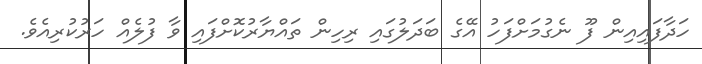
ހަދާފައިއިން ފޫ ނެގުމަށްފަހު އޭގެ ބަދަލުގައި ރިހިން ތައްޔާރުކޮށްފައި ވާ ފުލެއް ހަރުކުރިއެވެ.